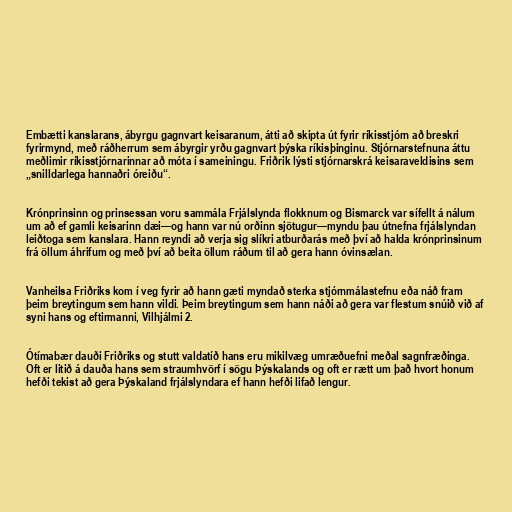
Embætti kanslarans, ábyrgu gagnvart keisaranum, átti að skipta út fyrir ríkisstjórn að breskri
fyrirmynd, með ráðherrum sem ábyrgir yrðu gagnvart þýska ríkisþinginu. Stjórnarstefnuna áttu
meðlimir ríkisstjórnarinnar að móta í sameiningu. Friðrik lýsti stjórnarskrá keisaraveldisins sem
„snilldarlega hannaðri óreiðu“.

Krónprinsinn og prinsessan voru sammála Frjálslynda flokknum og Bismarck var sífellt á nálum
um að ef gamli keisarinn dæi—og hann var nú orðinn sjötugur—myndu þau útnefna frjálslyndan
leiðtoga sem kanslara. Hann reyndi að verja sig slíkri atburðarás með því að halda krónprinsinum
frá öllum áhrifum og með því að beita öllum ráðum til að gera hann óvinsælan.

Vanheilsa Friðriks kom í veg fyrir að hann gæti myndað sterka stjórnmálastefnu eða náð fram
þeim breytingum sem hann vildi. Þeim breytingum sem hann náði að gera var flestum snúið við af
syni hans og eftirmanni, Vilhjálmi 2.

Ótímabær dauði Friðriks og stutt valdatíð hans eru mikilvæg umræðuefni meðal sagnfræðinga.
Oft er litið á dauða hans sem straumhvörf í sögu Þýskalands og oft er rætt um það hvort honum
hefði tekist að gera Þýskaland frjálslyndara ef hann hefði lifað lengur.